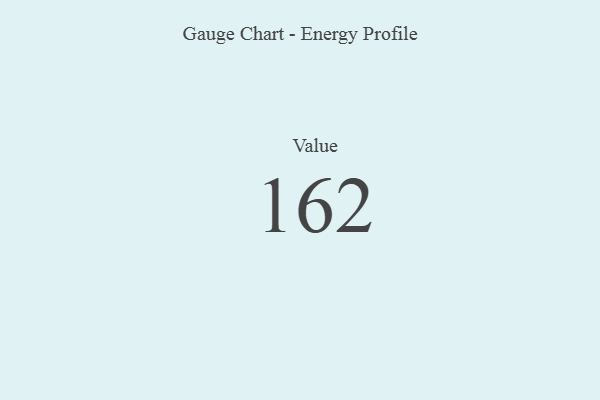
{"axis": {"x": "Metric", "y": "Value"}, "legend": [""], "data": [{"x": "Value", "y": 162, "type": ""}]}